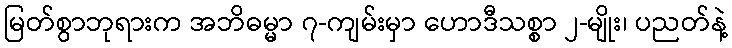
မြတ်စွာဘုရားက အဘိဓမ္မာ ၇-ကျမ်းမှာ ဟောဒီသစ္စာ ၂-မျိုး၊ ပညတ်နဲ့